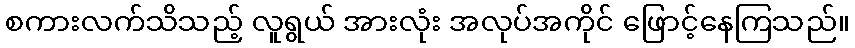
စကားလက်သိသည့် လူရွယ် အားလုံး အလုပ်အကိုင် ဖြောင့်နေကြသည်။